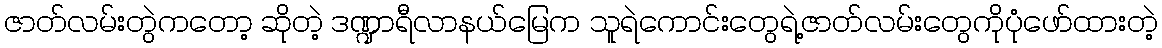
ဇာတ်လမ်းတွဲကတော့ ဆိုတဲ့ ဒဏ္ဍာရီလာနယ်မြေက သူရဲကောင်းတွေရဲ့ဇာတ်လမ်းတွေကိုပုံဖော်ထားတဲ့